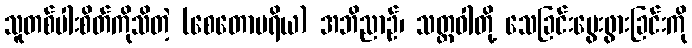
သူတစ်ပါးစိတ်ကိုသိတဲ့ (စေတောပရိယ) အဘိညာဉ်၊ သတ္တဝါတို့ သေခြင်းမွေးဖွားခြင်းကို